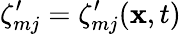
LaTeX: \zeta_{mj}^{\prime}=\zeta_{mj}^{\prime}(\mathbf{x},t)